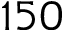
1 5 0